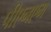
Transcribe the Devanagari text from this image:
पीएनएम